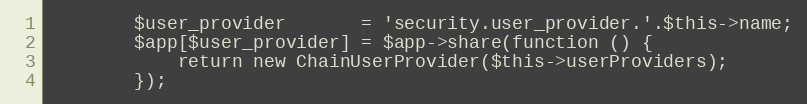
Language: PHP
        $user_provider       = 'security.user_provider.'.$this->name;
        $app[$user_provider] = $app->share(function () {
            return new ChainUserProvider($this->userProviders);
        });